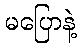
မပြောနဲ့